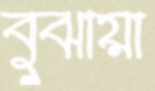
বুঝায়া